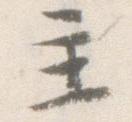
主